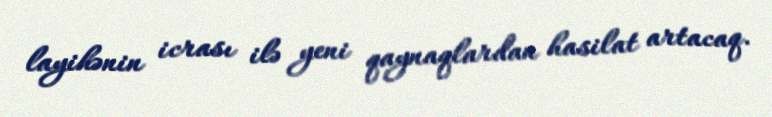
layihənin icrası ilə yeni qaynaqlardan hasilat artacaq.